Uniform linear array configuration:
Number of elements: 48
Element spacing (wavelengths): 0.75
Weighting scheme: hann
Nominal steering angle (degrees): -45
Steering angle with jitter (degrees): -45.302
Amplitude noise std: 0.05
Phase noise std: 0.05

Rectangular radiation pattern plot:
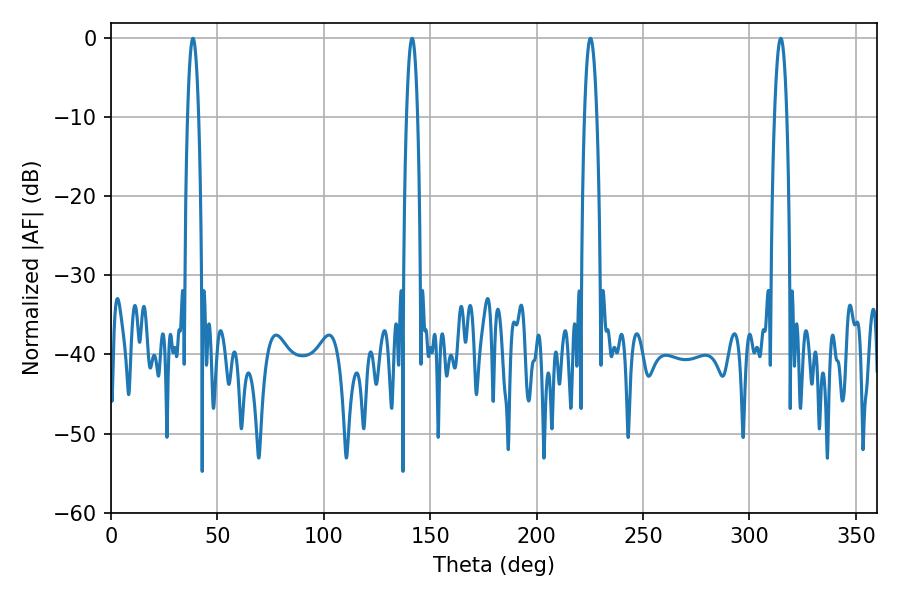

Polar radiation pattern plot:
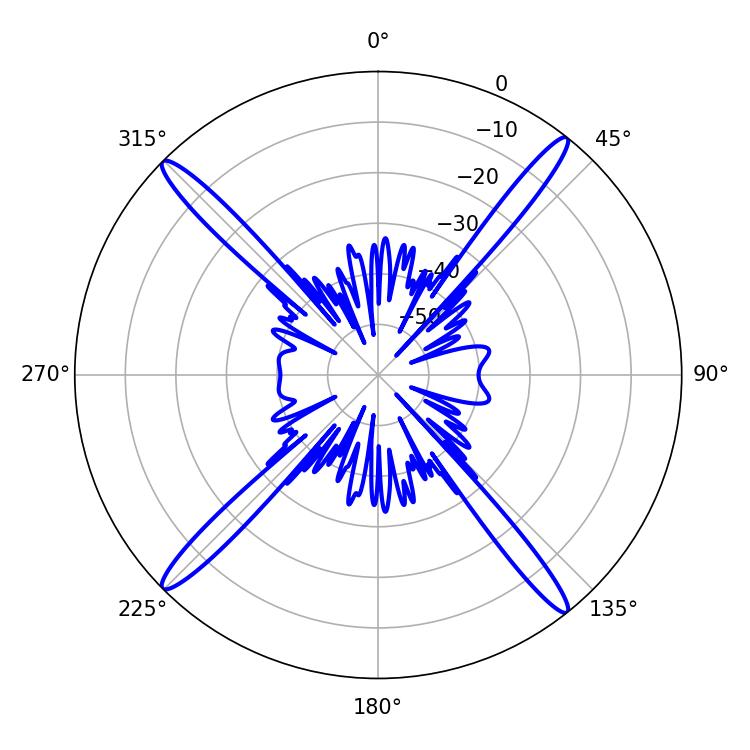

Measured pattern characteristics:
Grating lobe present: TRUE
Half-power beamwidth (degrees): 2.88
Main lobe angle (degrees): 38.52